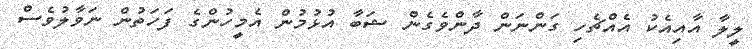
ލީލާ އާއިއެކު އެއްޗެހި ގަންނަން ދާންވެގެން ޝަބާ އުޅުމުން އެމީހުންގެ ފަހަތުން ނަވާލުވެސް